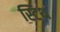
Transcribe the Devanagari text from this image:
स्टिथ